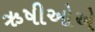
ઋષીઓએ